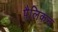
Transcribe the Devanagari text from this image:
पैलिकन